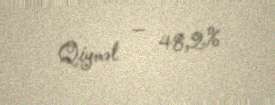
Qiymət — 48,2%